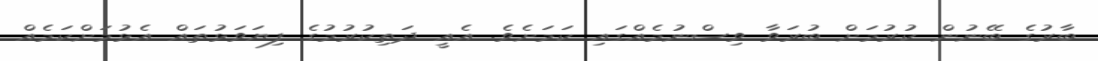
ބާރުގެ ބޭނުން ކުރުމަށް ބުރަވާ ވިސްނުމެއްގައި ކަމަށެވެ. އެއީ ދަތިކުރުމުގެ ފިޔަވަޅުތައް އެޅުމަށްކަމެއް